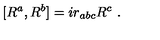
[ R ^ { a } , R ^ { b } ] = i r _ { a b c } R ^ { c } \ .